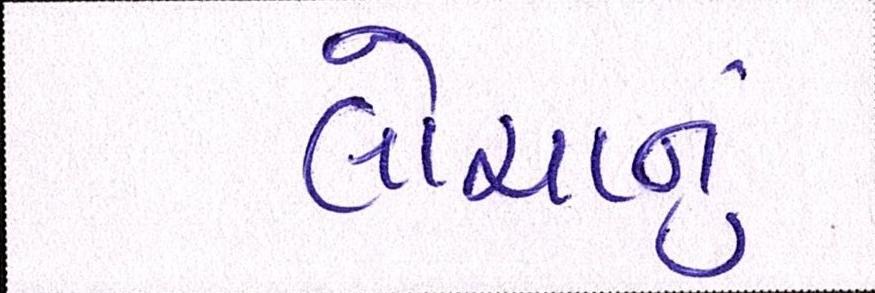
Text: લોચાનું